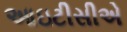
આઇટીસીએ